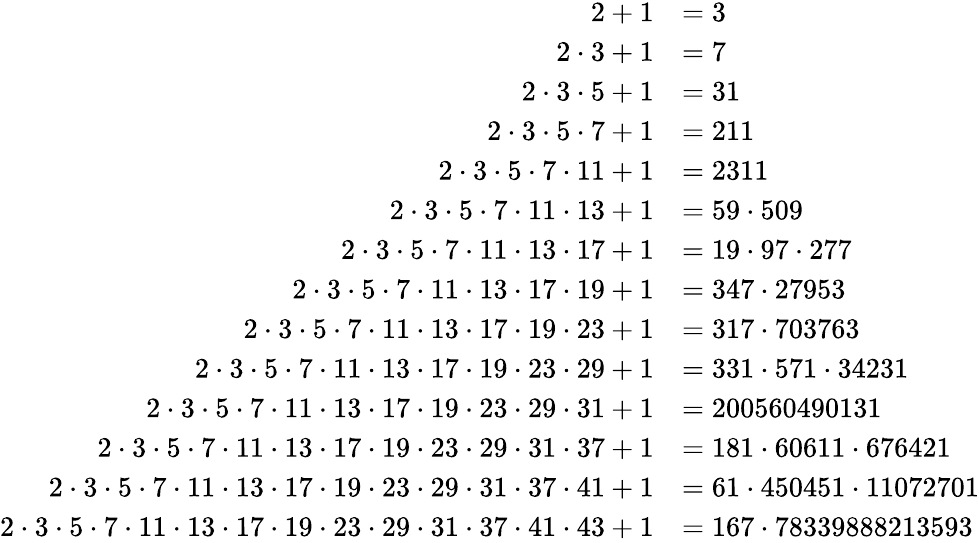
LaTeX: \begin{array}{rl}{2+1}&{=3}\\ {2\cdot 3+1}&{=7}\\ {2\cdot 3\cdot 5+1}&{=31}\\ {2\cdot 3\cdot 5\cdot 7+1}&{=211}\\ {2\cdot 3\cdot 5\cdot 7\cdot 11+1}&{=2311}\\ {2\cdot 3\cdot 5\cdot 7\cdot 11\cdot 13+1}&{=59\cdot 509}\\ {2\cdot 3\cdot 5\cdot 7\cdot 11\cdot 13\cdot 17+1}&{=19\cdot 97\cdot 277}\\ {2\cdot 3\cdot 5\cdot 7\cdot 11\cdot 13\cdot 17\cdot 19+1}&{=347\cdot 27953}\\ {2\cdot 3\cdot 5\cdot 7\cdot 11\cdot 13\cdot 17\cdot 19\cdot 23+1}&{=317\cdot 703763}\\ {2\cdot 3\cdot 5\cdot 7\cdot 11\cdot 13\cdot 17\cdot 19\cdot 23\cdot 29+1}&{=331\cdot 571\cdot 34231}\\ {2\cdot 3\cdot 5\cdot 7\cdot 11\cdot 13\cdot 17\cdot 19\cdot 23\cdot 29\cdot 31+1}&{=200560490131}\\ {2\cdot 3\cdot 5\cdot 7\cdot 11\cdot 13\cdot 17\cdot 19\cdot 23\cdot 29\cdot 31\cdot 37+1}&{=181\cdot 60611\cdot 676421}\\ {2\cdot 3\cdot 5\cdot 7\cdot 11\cdot 13\cdot 17\cdot 19\cdot 23\cdot 29\cdot 31\cdot 37\cdot 41+1}&{=61\cdot 450451\cdot 11072701}\\ {2\cdot 3\cdot 5\cdot 7\cdot 11\cdot 13\cdot 17\cdot 19\cdot 23\cdot 29\cdot 31\cdot 37\cdot 41\cdot 43+1}&{=167\cdot 78339888213593}\end{array}